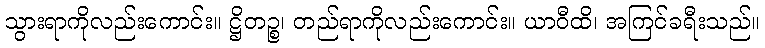
သွားရာကိုလည်းကောင်း။ ဋ္ဌိတဉ္စ၊ တည်ရာကိုလည်းကောင်း။ ယာဝီထိ၊ အကြင်ခရီးသည်။